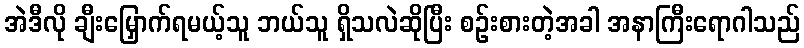
အဲဒီလို ချီးမြှောက်ရမယ့်သူ ဘယ်သူ ရှိသလဲဆိုပြီး စဉ်းစားတဲ့အခါ အနာကြီးရောဂါသည်